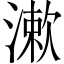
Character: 漱